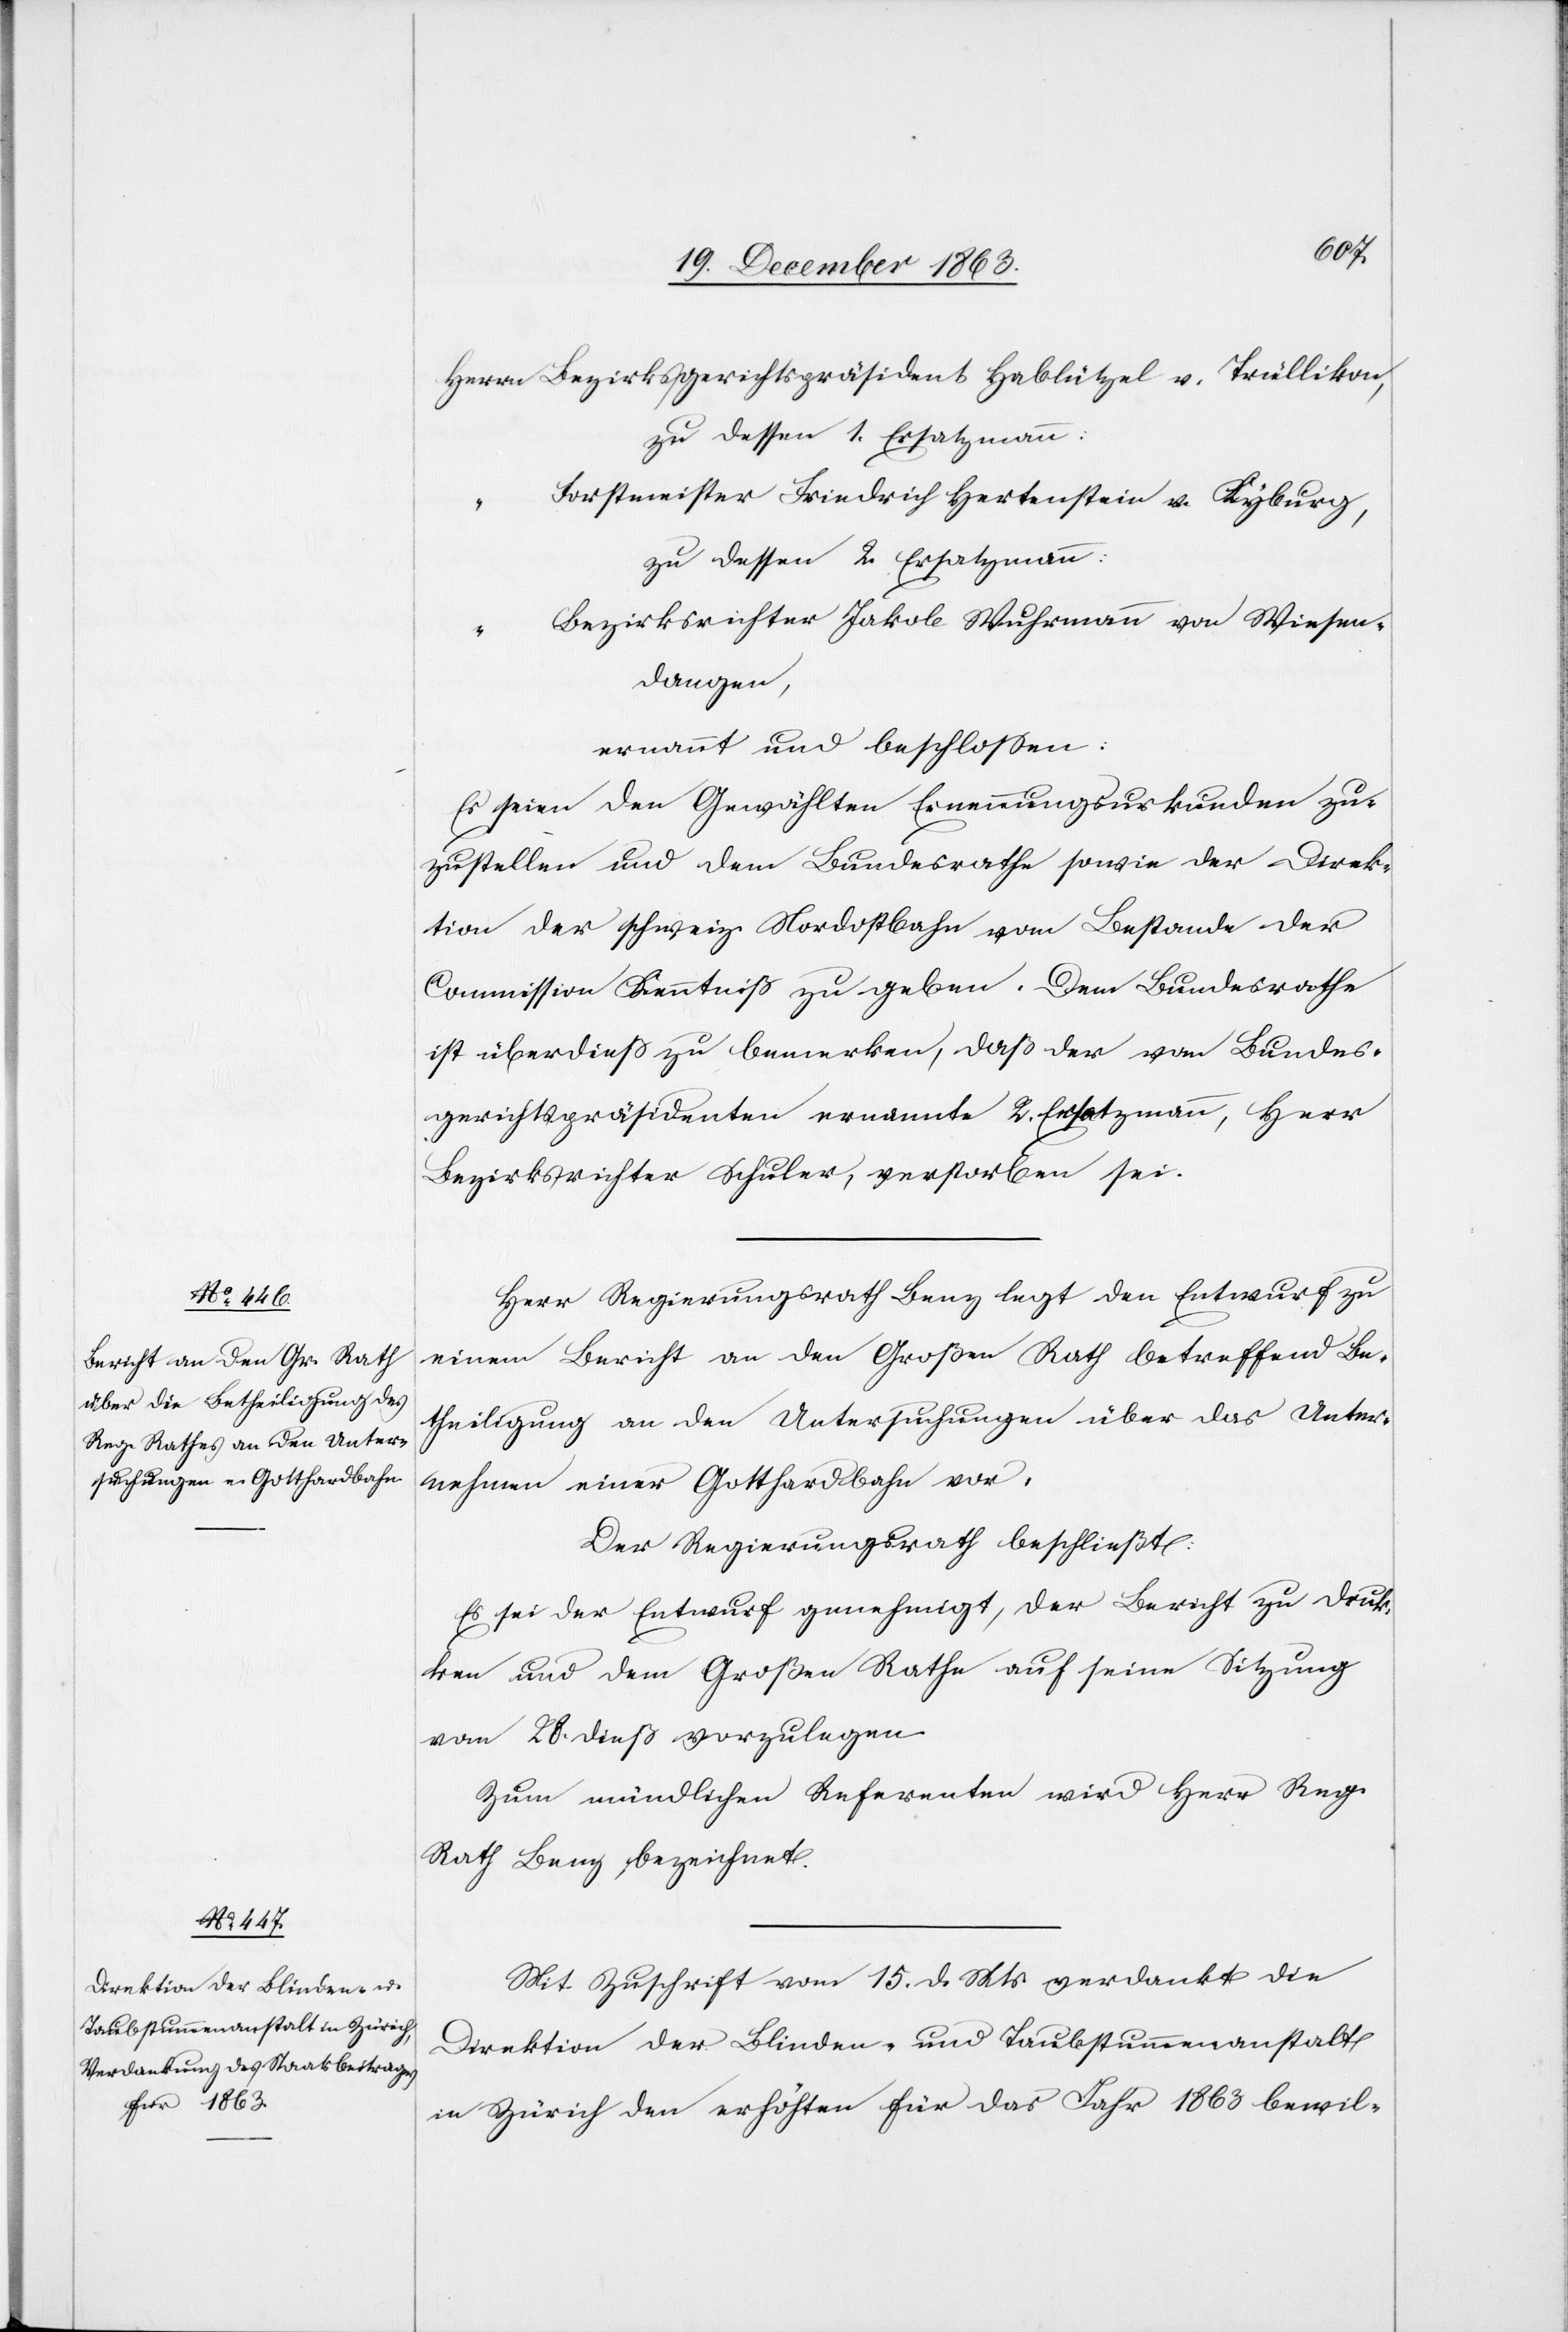
Herrn Bezirksgerichtspräsident Hablützel v. Trüllikon,
zu dessen 1. Ersatzmann:
Forstmeister Friedrich Hertenstein v. Kyburg,
zu dessen 2. Ersatzmann:
Bezirksrichter Jakob Wuhrmann von Wiesen¬
dangen,
ernannt und beschlossen:
Es seien den Gewählten Ernennungsurkunden zu¬
zustellen und dem Bundesrathe sowie der Direk¬
tion der schweiz. Nordostbahn vom Bestande der
Commission Kenntniß zu geben. Dem Bundesrathe
ist überdieß zu bemerken, daß der vom Bundes¬
gerichtspräsidenten ernannte 2. Ersatzmann, Herr
Bezirksrichter Schuler, verstorben sei.
Herr Regierungsrath Benz legt den Entwurf zu
einem Bericht an den Großen Rath betreffend Be¬
theiligung an den Untersuchungen über das Unter¬
nehmen einer Gotthardbahn vor.
Der Regierungsrath beschließt:
Es sei der Entwurf genehmigt, der Bericht zu druc¬
ken und dem Großen Rathe auf seine Sitzung
vom 28. dieß vorzulegen.
Zum mündlichen Referenten wird Herr Reg.
Rath Benz bezeichnet.
Mit Zuschrift vom 15. d. Mts. verdankt die
Direktion der Blinden- und Taubstummenanstalt
in Zürich den erhöhten für das Jahr 1863 bewil-